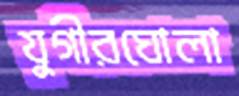
যুগীরঘোলা